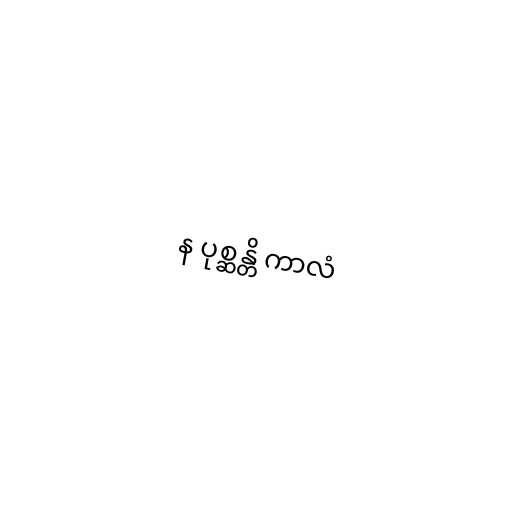
န ပုစ္ဆန္တိ ကာလံ